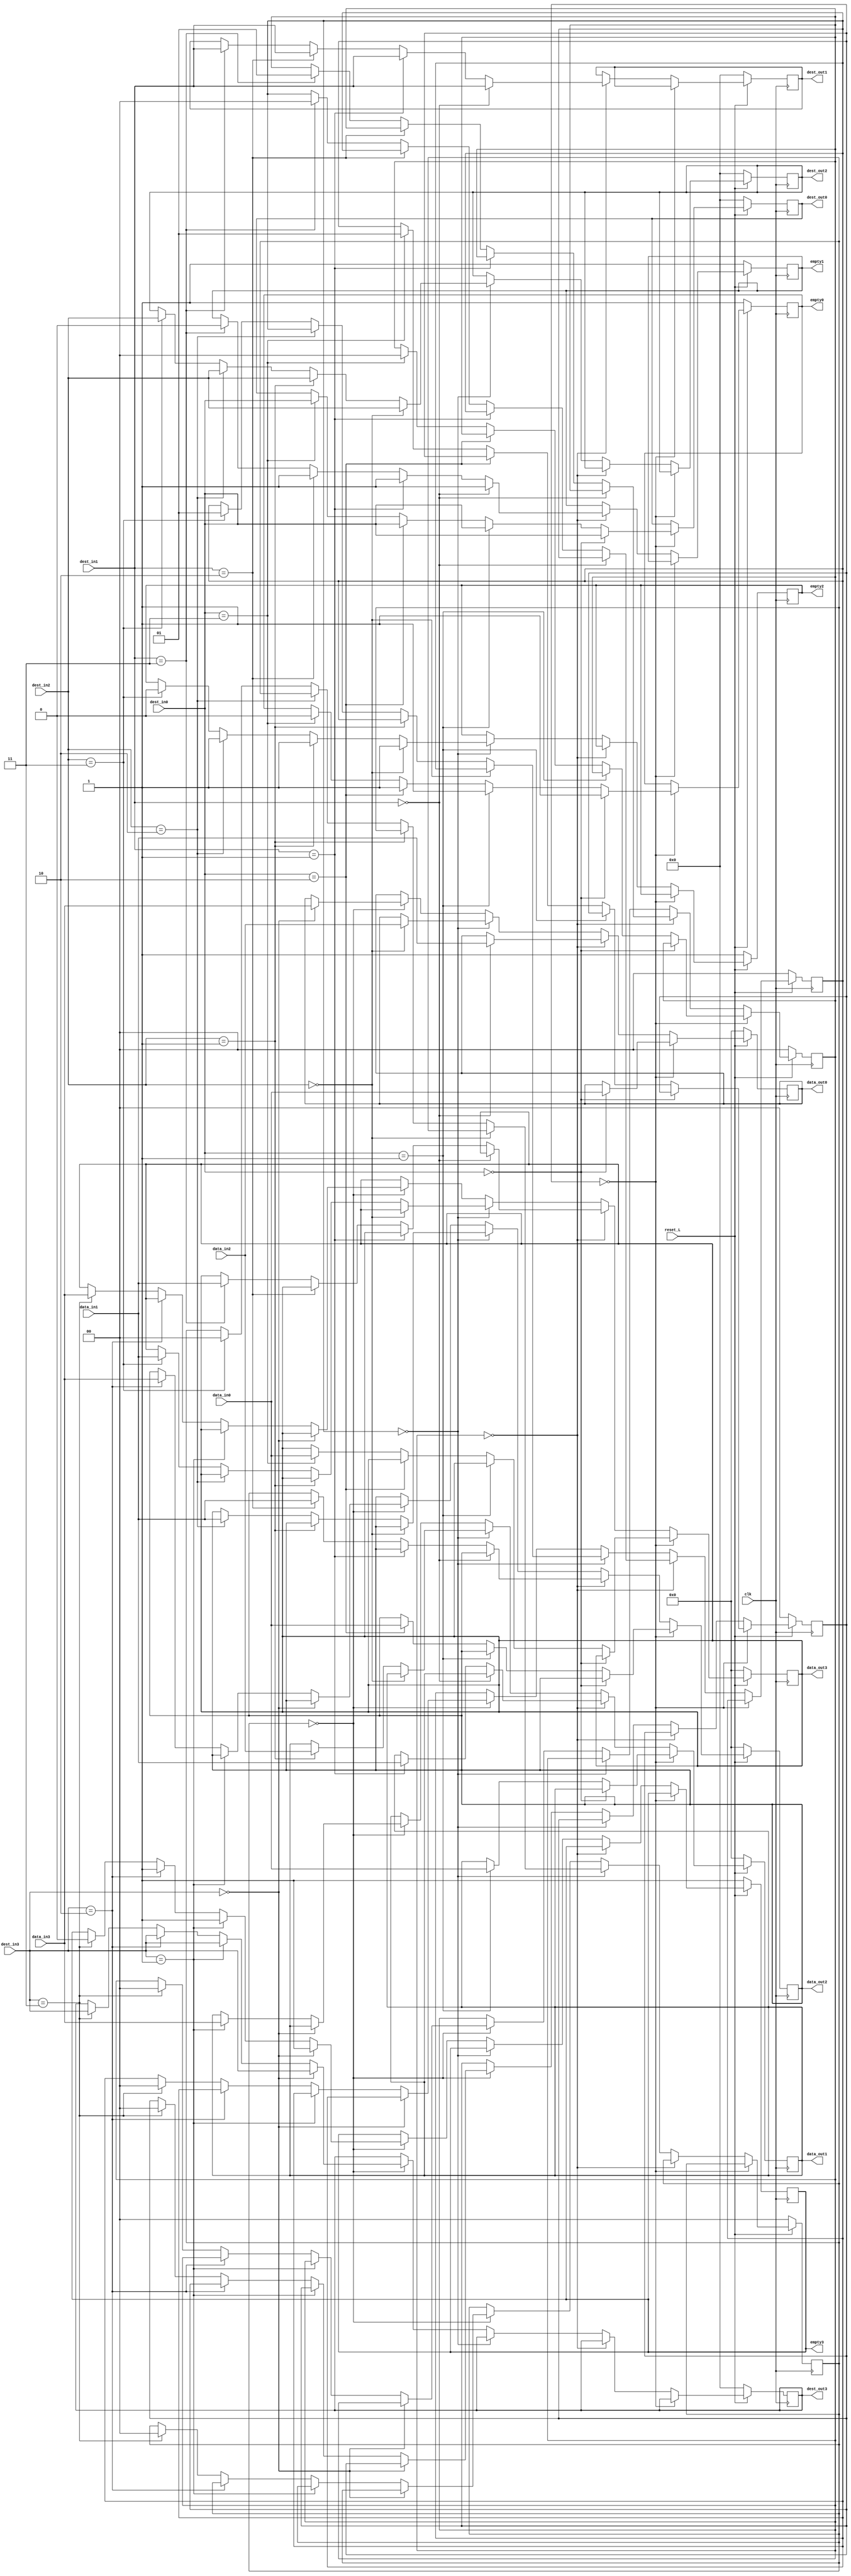
 module  arbitro( 
                  input clk,
                  input [7:0] data_in0,
                  input [7:0] data_in1,
                  input [7:0] data_in2,
                  input [7:0] data_in3,
                  input reset_L,
                  input [3:0] dest_in0,
                  input [3:0] dest_in1,
                  input [3:0] dest_in2,
                  input [3:0] dest_in3,
                  output reg [3:0] dest_out0,
                  output reg [3:0] dest_out1,
                  output reg [3:0] dest_out2,
                  output reg [3:0] dest_out3,
                  output reg [7:0] data_out0,
                  output reg [7:0] data_out1,
                  output reg [7:0] data_out2,
                  output reg [7:0] data_out3,  
                  output reg empty0,
                  output reg empty1,
                  output reg empty2,
                  output reg empty3
                 
                  

); 
 reg push0,push1, push2,push3,pop0, pop1,pop2,pop3;
reg [1:0] contador,contador2,contador3,contador4;
reg [6:0] prueba;
//reg [0:1] selector0,selector1,selector2,selector3;

   always @(posedge clk /*or negedge reset_L*/) begin
         if(reset_L == 0) begin
            data_out0 <= 8'b0;
            data_out1 <= 8'b0;
            data_out2 <= 8'b0;
            data_out3 <= 8'b0;
            dest_out0 <= 4'b0;
            dest_out1 <= 4'b0;
            dest_out2 <= 4'b0;
            dest_out3 <= 4'b0;
            pop0 <= 0;
            pop1 <= 0;
            pop2 <= 0;
            pop3 <= 0;
            push0 <=0;
            push1 <=0;
            push2 <=0;
            push3 <=0;
               //los emptys van en uno porque implica que esta vacios desde el inicio
            empty0 <= 1'b1;
            empty1 <= 1'b1;
            empty2 <= 1'b1;
            empty3 <= 1'b1;
            contador <= 0;
            contador2 <= 0;
            contador3<= 0;
            contador4 <= 0;
            prueba <=0;
         end else begin
         //selector <= ~selector;
         //primer vector fifo
         if (contador == 0) begin
         prueba <=1;
            if(dest_in0 == 0) begin
               data_out0 <= data_in0;
               empty0 <= 1'b1;
               dest_out0 <= dest_in0;
               prueba <=2;
               push0 <=1;
               pop0 <= 1;
            end else if (dest_in0 == 1) begin
               data_out1 <= data_in0;
               empty0 <= 1'b1;
               dest_out0 <= dest_in0;
               prueba <=3;
                push0 <=1;
                 pop0 <= 1;
            end else if (dest_in0 == 2) begin
               data_out2 <= data_in0;
               empty0 <= 1'b1;
               dest_out0 <= dest_in0;
               prueba <=4;
                push0 <=1;
                 pop0 <= 1;
            end else if (dest_in0 == 3) begin
               data_out3 <= data_in0;
               empty0 <= 1'b1;
               dest_out0 <= dest_in0;
               //dest_out0 <= 0;
               prueba <=5;
                push0 <=0;
                 pop0 <= 0;
               contador2<= 0;
               contador <= 1;
               empty0 <= 0;
            end 
            
           // prueba <=6;
         end else 
         if (contador2 == 0) begin
         prueba <=7;
            //segundo vector fifo
            if(dest_in1 == 0) begin
               data_out0 <= data_in1;
               empty1 <= 1'b1;
               dest_out1 <= dest_in1;
               prueba <=8;
                pop1 <= 1;
               push1 <=1;
            end else if (dest_in1 == 1) begin
               data_out1 <= data_in1;
               empty1 <= 1'b1;
               dest_out1 <= dest_in1;
               prueba <=9;
                pop1 <= 1;
               push1 <=1;
            end else if (dest_in1 == 2) begin
               data_out2 <= data_in1;
               empty1 <= 1'b1;
               dest_out1 <= dest_in1;
               prueba <=10;
               push1 <=1;
                pop1 <= 1;
            end else if (dest_in1 == 3) begin
               data_out3 <= data_in1;
               empty1 <= 1'b1;
               dest_out1 <= dest_in1;
             //  dest_out1 <= 0;
               prueba <=12;
               contador3<= 0;
               contador2 <= 1;
               empty1 <= 0;
               push1 <=0;
                pop1 <= 0;
            end 
         
        // prueba <=13;
         end else
         if (contador3 == 0) begin
         //tercer vector fifo
         prueba <=14;
            if(dest_in2 == 0) begin
               data_out0 <= data_in2;
               empty2 <= 1'b1;
               dest_out2 <= dest_in2;
               prueba <=15;
               pop2 <= 1;
               push2 <=1;
            end else if (dest_in2 == 1) begin
               data_out1 <= data_in2;
               empty2 <= 1'b1;
               dest_out2 <= dest_in2;
               prueba <=16;
               push2 <=1;
               pop2 <= 1;
            end else if (dest_in2 == 2) begin
               data_out2 <= data_in1;
               empty2 <= 1'b1;
               dest_out2 <= dest_in2;
               prueba <=17;
               push2 <=1;
               pop2 <= 1;
            end else if (dest_in2 == 3)begin
               data_out3 <= data_in1;
               empty2 <= 1'b1;
               push2 <=0;
               pop2 <= 0;
               dest_out2 <= dest_in2;
               //dest_out2 <= 0;
               prueba <=18;
               contador4<= 0;
               contador3 <= 1;
               empty2 <= 0;
            end
         
         end else
         if (contador4 == 0) begin
         prueba <=19;
            //cuarto vector fifo
            if(dest_in3 == 0) begin
               data_out0 <= data_in3;
               empty3 <= 1'b1;
               dest_out3 <= dest_in3;
               prueba <=20;
               pop3 <= 1;
               push3 <=1;
            end else if (dest_in3 == 1)begin
               data_out1 <= data_in3;
               empty3 <= 1'b1;
               dest_out3 <= dest_in3;
               prueba <=21;
                pop3 <= 1;
               push3 <=1;
            end else if (dest_in3 == 2)begin
               data_out2 <= data_in3;
               empty3 <= 1'b1;
               dest_out3 <= dest_in3;
               prueba <=22;
               push3 <=1;
                pop3 <= 1;
            end else if (dest_in3 == 3)begin
               data_out3 <= data_in3;
               empty3 <= 1'b1;
               
               //dest_out3 <= 0;
               prueba <=23;
               pop3 <= 0;
               push3 <=0;
               contador<= 0;
               contador2<= 0;
               contador3<= 0;
               contador4<= 0;
            dest_out3 <= dest_in3;
               empty3 <= 0;
            end 
            
            //contador <= 0;
          //  prueba <=24;
         end
        
         //los emptys van en cero porque implica que estan llenos loa vectors de salida con los cuatro datos de 8 bits
      end //fin del reset
   end //fin del always
endmodule